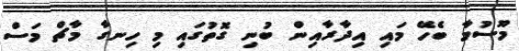
މޫސުމާ ބެހޭ މައި އިދާރާއިން ބުނި ގޮތުގައި މި ހިނގާ މާޗް މަސް